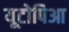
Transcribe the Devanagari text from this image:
यूटोपिआ